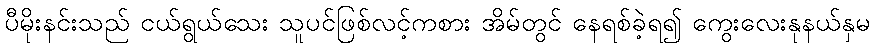
ပီမိုးနင်းသည် ငယ်ရွယ်သေး သူပင်ဖြစ်လင့်ကစား အိမ်တွင် နေရစ်ခဲ့ရ၍ ကွေးလေးနုနယ်နှမ